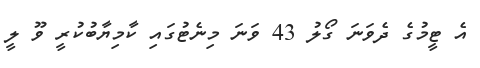
އެ ޓީމުގެ ދެވަނަ ގޯލު 43 ވަނަ މިނެޓުގައި ކާމިޔާބުކުރީ ވޫ ލީ